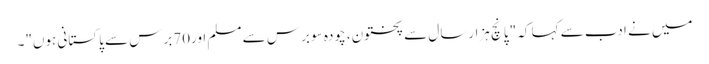
میں نے ادب سے کہا کہ "پانچ ہزارسال سے پختون، چودہ سو برس سے مسلم اور70برس سے پاکستانی ہوں"۔